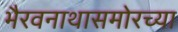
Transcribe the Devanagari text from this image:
भैरवनाथासमोरच्या